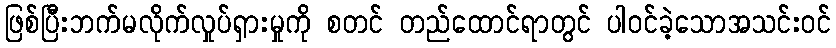
ဖြစ်ပြီးဘက်မလိုက်လှုပ်ရှားမှုကို စတင် တည်ထောင်ရာတွင် ပါဝင်ခဲ့သောအသင်းဝင်